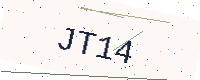
Text: JT14